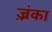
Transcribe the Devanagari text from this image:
ज़्रंका